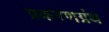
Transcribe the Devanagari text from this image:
प्रकरणग्रंथ